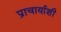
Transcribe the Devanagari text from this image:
प्राचार्याशी